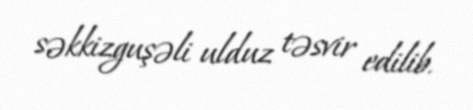
səkkizguşəli ulduz təsvir edilib.